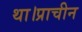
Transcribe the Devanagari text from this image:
था।प्राचीन